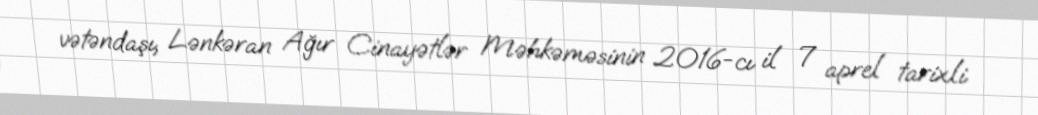
vətəndaşı, Lənkəran Ağır Cinayətlər Məhkəməsinin 2016-cı il 7 aprel tarixli